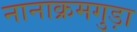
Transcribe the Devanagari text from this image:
नानाक्रमगुड़ा